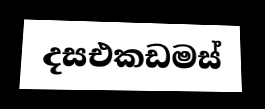
දසඑකඩමස්